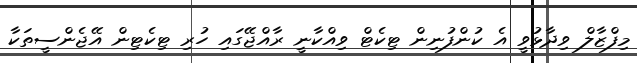
މިފްޒާލް ވިދާޅުވީ އެ ކުންފުނިން ޓިކެޓް ވިއްކާނީ ރާއްޖޭގައި ހުރި ޓިކެޓިން އޭޖެންސީތަކާ